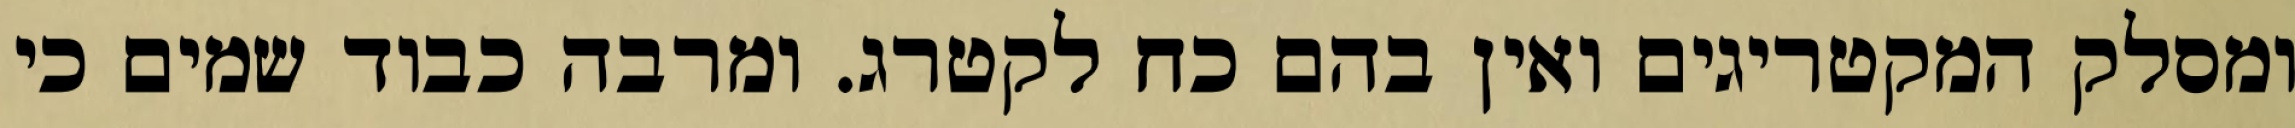
ומסלק המקטריגים ואין בהם כח לקטרג. ומרבה כבוד שמים כי